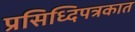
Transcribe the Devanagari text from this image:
प्रसिध्दिपत्रकात